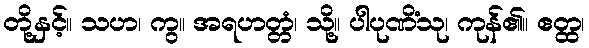
တို့နှင့်။ သဟ၊ ကွ။ အရဟတ္တံ၊ သို့။ ပါပုဏိံသု၊ ကုန်၏။ ဧတ္ထ၊